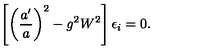
\left[ \left( \frac { a ^ { \prime } } { a } \right) ^ { 2 } - g ^ { 2 } W ^ { 2 } \right] \epsilon _ { i } = 0 .